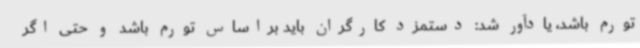
تورم باشد، یادآور شد: دستمزد کارگران باید براساس تورم باشد و حتی اگر